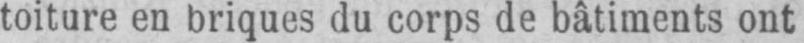
toiture en briques du corps de bâtiments ont